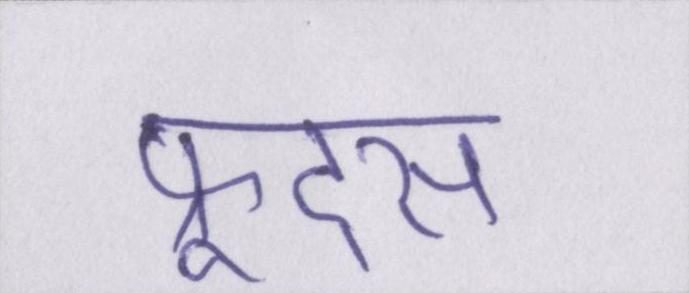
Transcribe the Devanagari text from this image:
फ्रूट्स